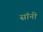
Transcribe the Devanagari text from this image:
सॉनी